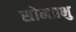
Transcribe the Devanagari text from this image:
सोमप्रभु